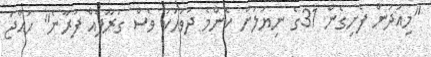
"މިއަދުން ފެށިގެން 31ގެ ނިޔަލަށް ކޮންމެ ދުވަހަކު ވެސް ގުރޫޕެއް ފުރާނެ" ހައްޖު